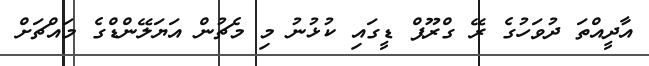
އާދީއްތަ ދުވަހުގެ ރޭ ގްރޫޕް ޑީގައި ކުޅުނު މި މެޗުން އަޔަލޭންޑްގެ މައްޗަށް